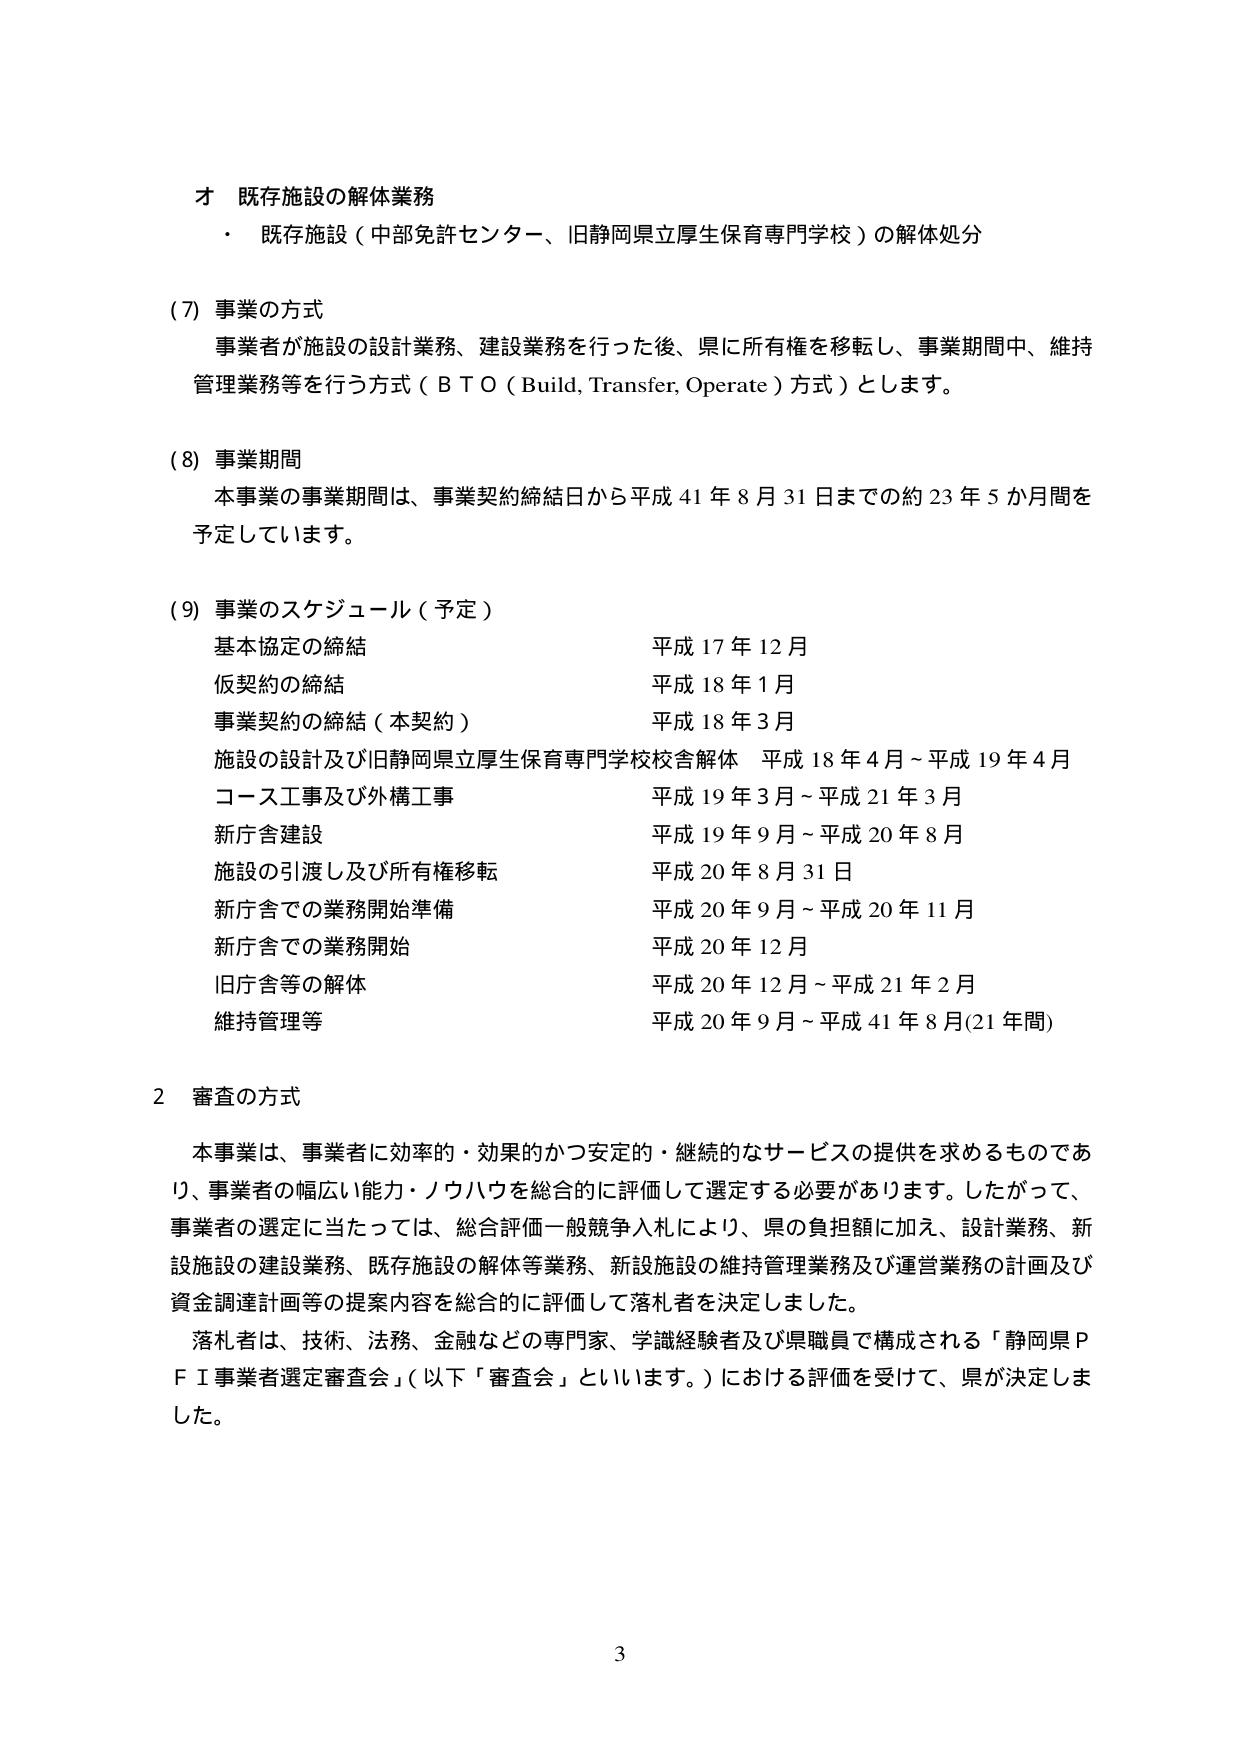
才 既存施設の解体業務
・ 既存施設（中部免許センター、旧静岡県立厚生保育専門学校）の解体処分

(7) 事業の方式
事業者が施設の設計業務、建設業務を行った後、県に所有権を移転し、事業期間中、維持管理業務等を行う方式（ＢＴＯ（Build, Transfer, Operate）方式）とします。

(8) 事業期間
本事業の事業期間は、事業契約締結日から平成41年8月31日までの約23年5か月間を予定しています。

(9) 事業のスケジュール（予定）
基本協定の締結 平成17年12月
仮契約の締結 平成18年1月
事業契約の締結（本契約） 平成18年3月
施設の設計及び旧静岡県立厚生保育専門学校校舎解体 平成18年4月～平成19年4月
コース工事及び外構工事 平成19年3月～平成21年3月
新庁舎建設 平成19年9月～平成20年8月
施設の引渡し及び所有権移転 平成20年8月31日
新庁舎での業務開始準備 平成20年9月～平成20年11月
新庁舎での業務開始 平成20年12月
旧庁舎等の解体 平成20年12月～平成21年2月
維持管理等 平成20年9月～平成41年8月(21年間)

2 審査の方式
本事業は、事業者に効率的・効果的かつ安定的・継続的なサービスの提供を求めるものであり、事業者の幅広い能力・ノウハウを総合的に評価して選定する必要があります。したがって、事業者の選定に当たっては、総合評価一般競争入札により、県の負担額に加え、設計業務、新設施設の建設業務、既存施設の解体等業務、新設施設の維持管理業務及び運営業務の計画及び資金調達計画等の提案内容を総合的に評価して落札者を決定しました。
落札者は、技術、法務、金融などの専門家、学識経験者及び県職員で構成される「静岡県ＰＦＩ事業者選定審査会」（以下「審査会」といいます。）における評価を受けて、県が決定しました。

3